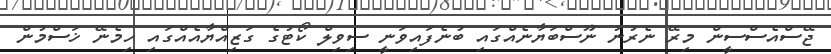
ޖޭސްއެސްސީން މިރޭ ނެރުނު ނޫސްބަޔާނެއްގައި ބުނެފައިވަނީ ސިވިލް ކޯޓުގެ ގަޒިއްޔާއެއްގައި ހިމެނޭ ޚަސްމުން